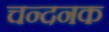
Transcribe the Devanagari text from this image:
चन्दनक